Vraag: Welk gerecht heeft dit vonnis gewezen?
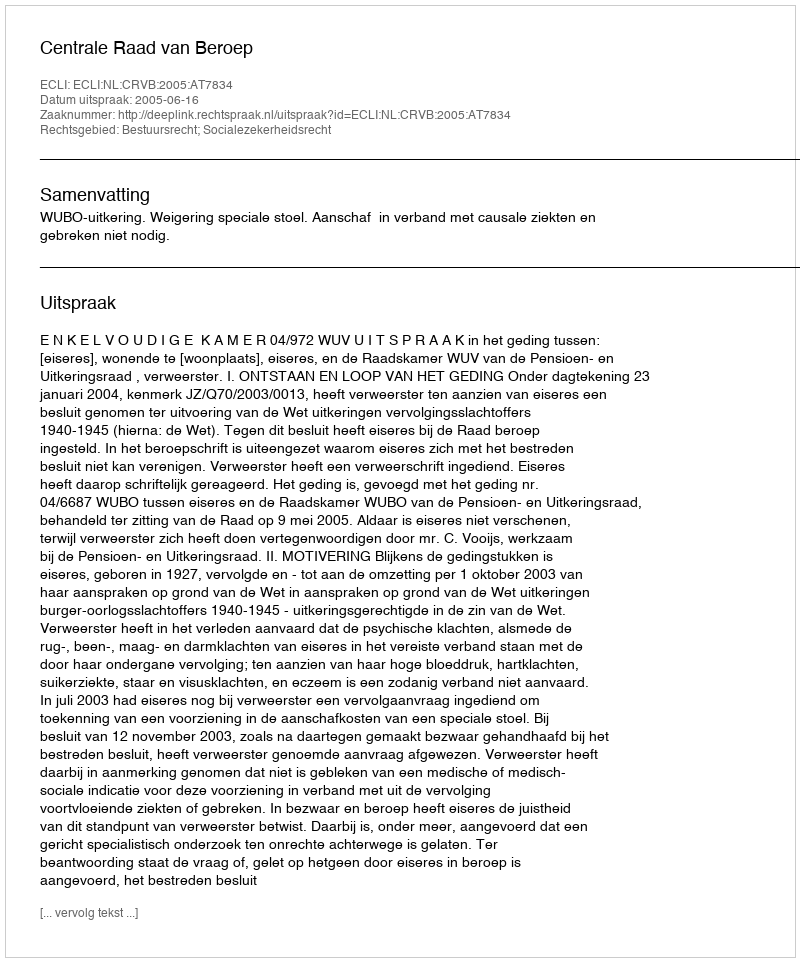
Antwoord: Centrale Raad van Beroep